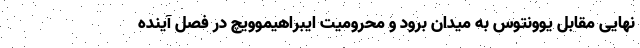
نهایی مقابل یوونتوس به میدان برود و محرومیت ایبراهیموویچ در فصل آینده